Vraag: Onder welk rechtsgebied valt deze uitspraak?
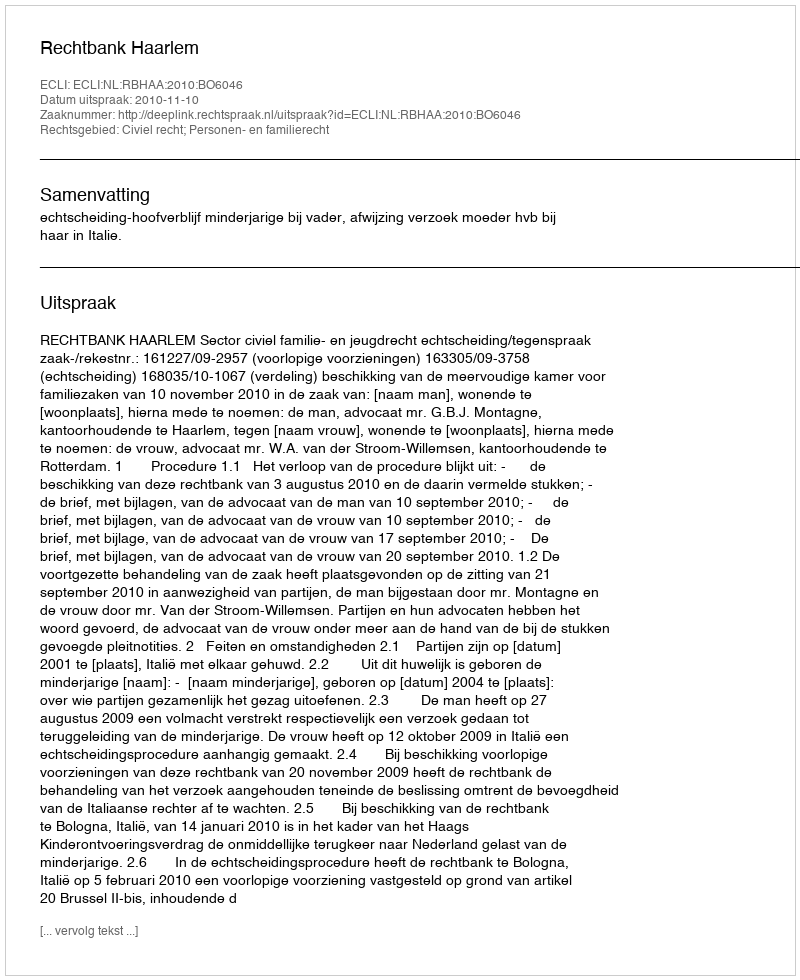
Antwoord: Civiel recht; Personen- en familierecht